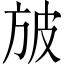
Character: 𣃣